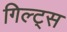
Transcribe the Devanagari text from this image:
गिल्ट्स